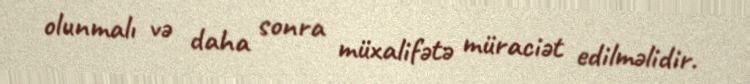
olunmalı və daha sonra müxalifətə müraciət edilməlidir.